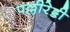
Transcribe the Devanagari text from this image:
पल्लीरेड्डी